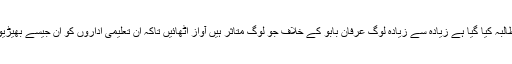
اب اس مہم میں یہ بھی مطالبہ کیا گیا ہے زیادہ سے زیادہ لوگ عرفان بابو کے خلاف جو لوگ متاثر ہیں آواز اٹھائیں تاکہ ان تعلیمی اداروں کو ان جیسے بھیڑیوں سے پاک کیا جا سکے۔